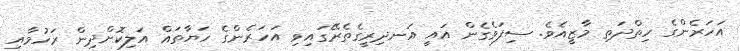
އަހަރެންގެ ހިތްދަތި މާޒީއެވެ. ސިފަވެގެން އައީ އަނދިރީގެތެރޭގައިވި އަހަރެންގެ ހަޔާތައް އަލިކޮށްދިން ރަހުމާއި